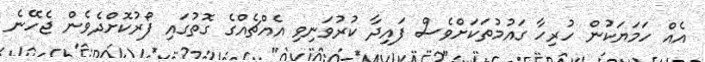
އެއް ހަމަޔަކުން ހުރިހާ ގައުމުތަކަށްވެސް ފައިދާ ކުރުވަނިވި އެއްޗެއްގެ ގޮތުގައި ފޯރުކޮށްދެވެން ޖެހޭނެ